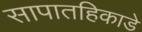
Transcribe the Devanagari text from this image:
सापातहिकाडे